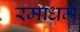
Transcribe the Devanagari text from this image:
रमाधर्म